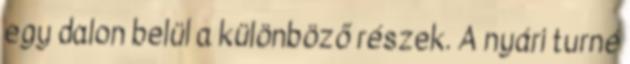
egy dalon belül a különböző részek. A nyári turné